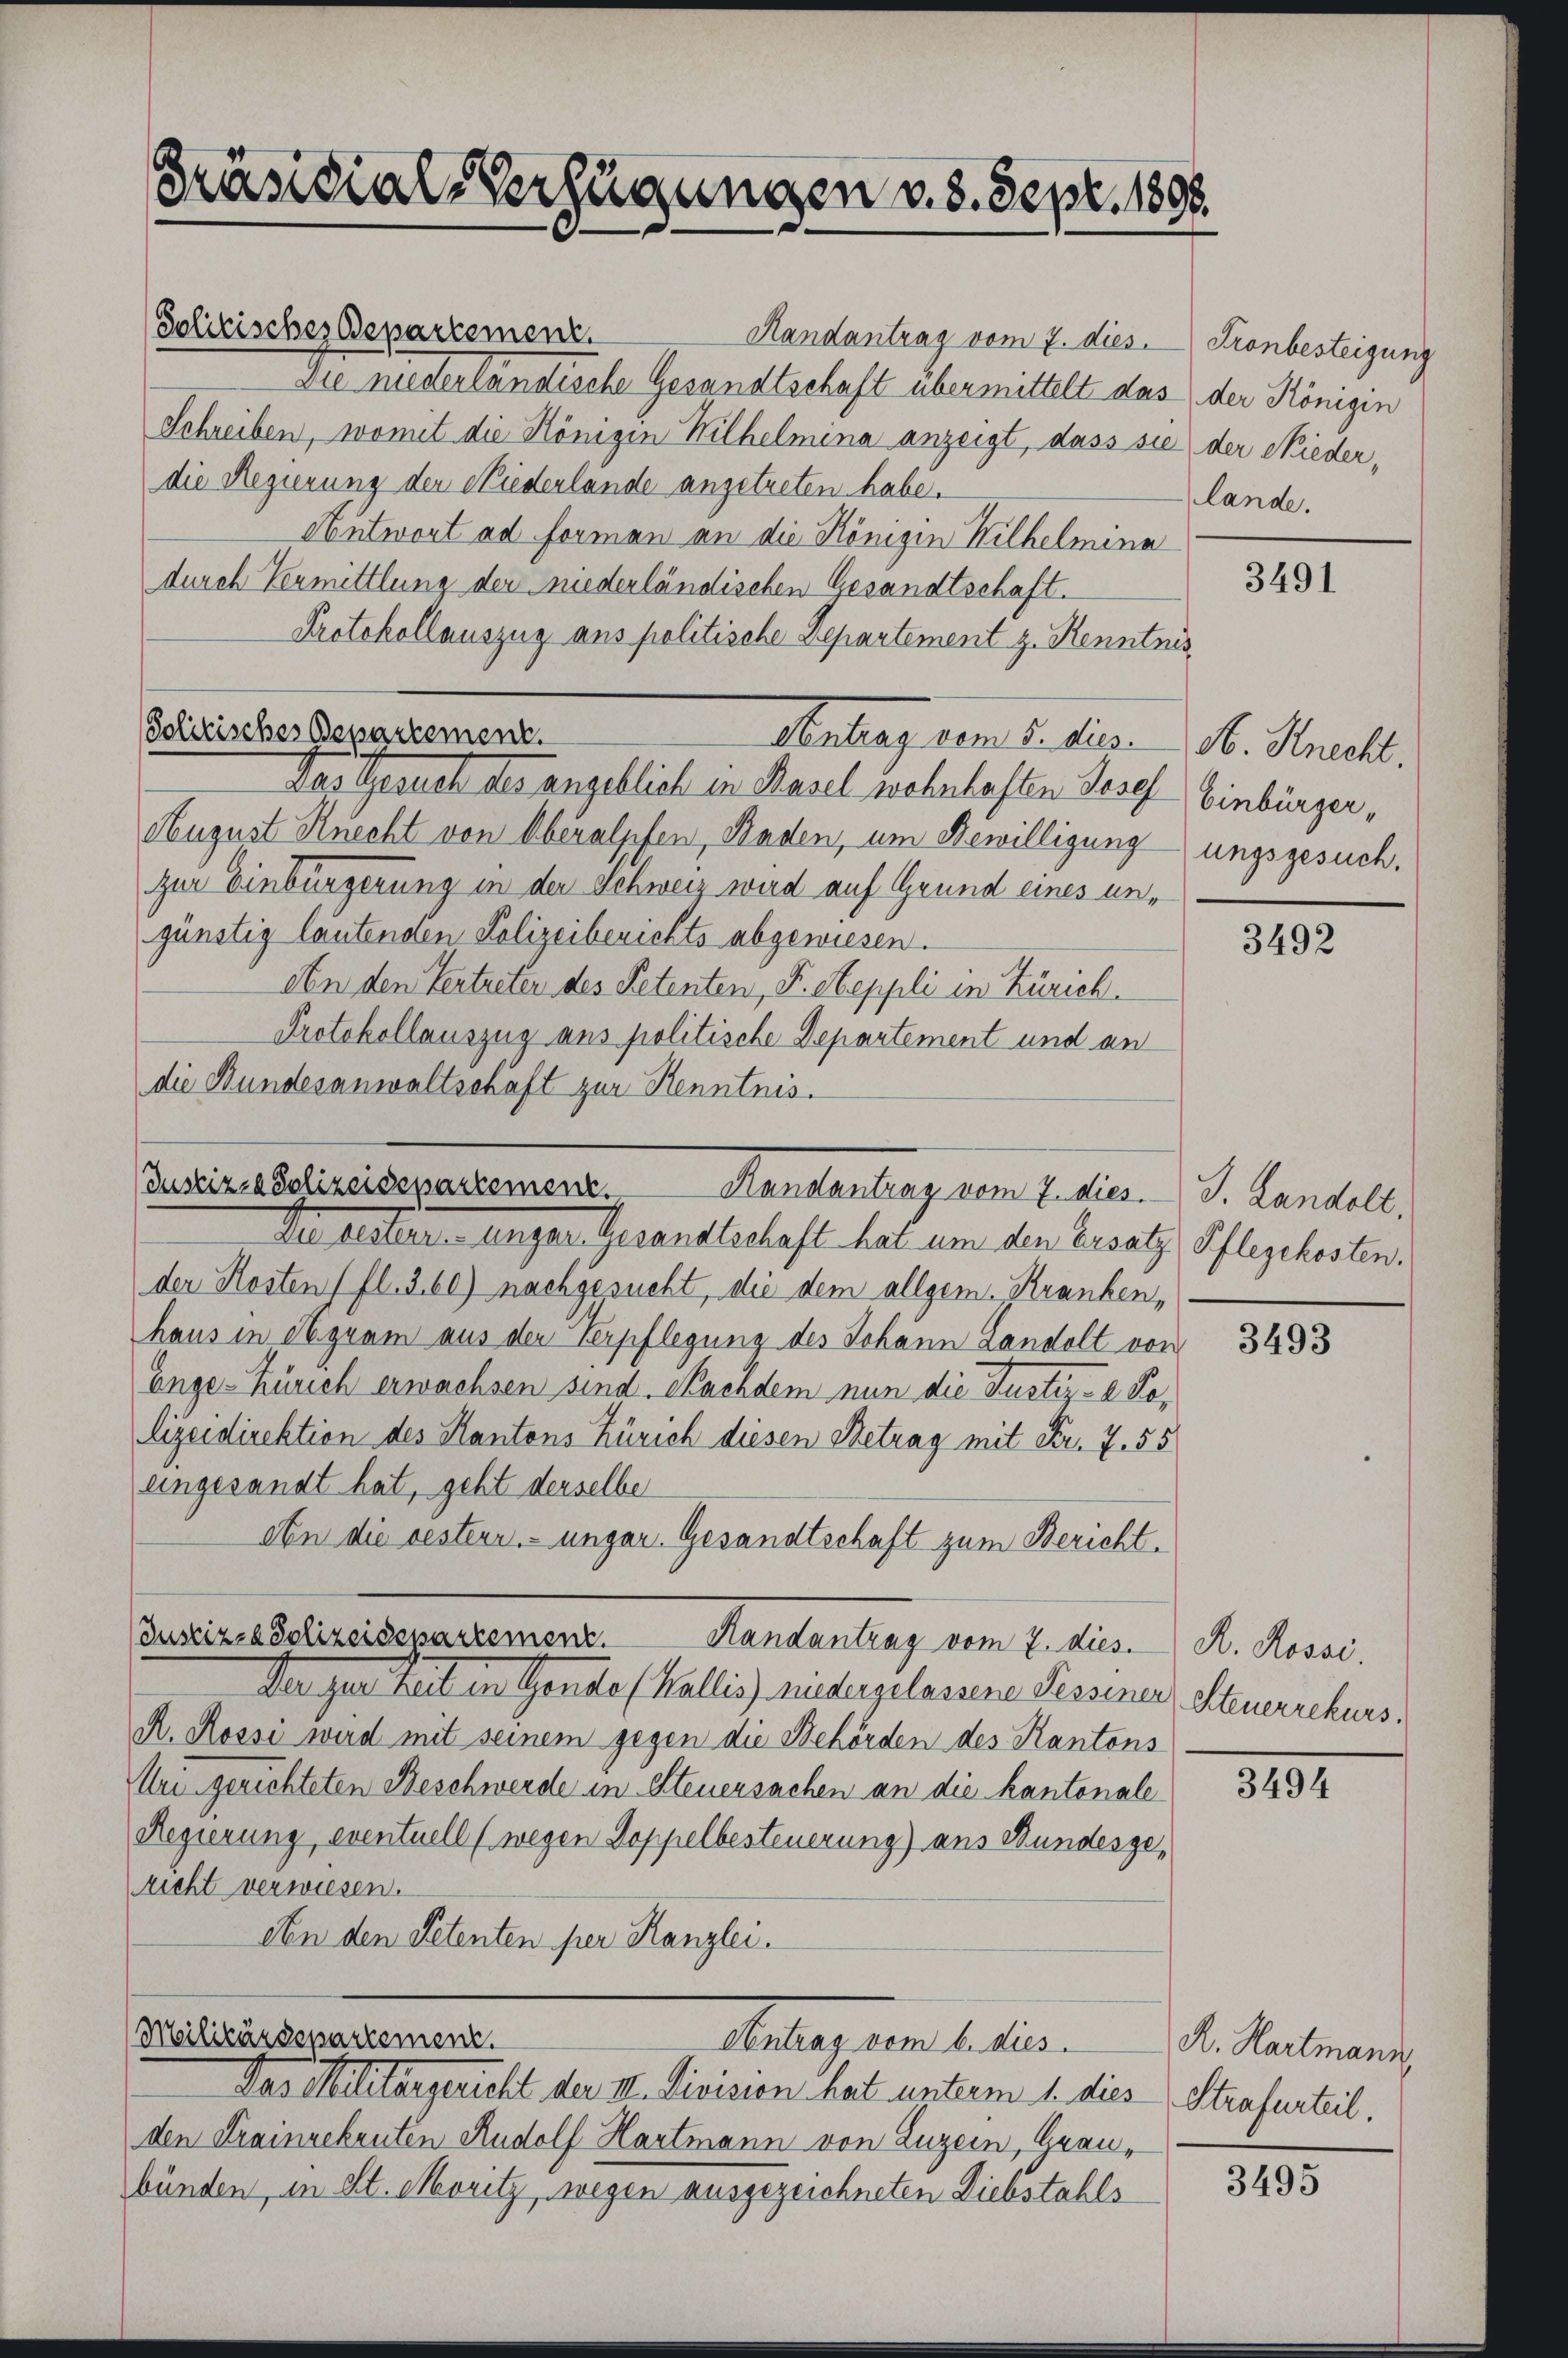
Präsidial-Verfügungen v. 8. Sept. 1806.

Policisches Departement.
Randantrag vom 7. dies
Die niederländische Gesandtschaft übermittelt das der Königin
Schreiben, womit die Königin Wilhelmina anzeigt, dass sie der Nieder,
die Regierung der Niederlande angetreten habe.
Antwort ad Forman an die Königin Wilhelmina
durch Vermittlung der niederländischen Gesandtschaft.
Protokollauszug aus politische Departement z. Renntnis,
Solitisches Departement.
Aentrag vom 5. dies N. Knecht.
Das Gesuch des angeblich in Hasel wohnhaften Gesel Einbürger,
August Knecht von Oberalpfen, Baden, um Bewilligung ungsgesuch.
zur Einbürgerung in der Schweiz wird auf Grund eines ungünstig lautenden Polizeiberichts abgewiesen.
An den Vertreter des Petenten, Fr. Steppli in Zürich.
Protokollauszug aus politische Departement und an
die Bundesanwaltschaft zur Kenntnis.

Justiz- & Polizeisepartement.
Randantrag vom 7. dies J. Landolt,

Militärdepartement.
Abetragenen betr.

Dn Rester unger Gesandtschaft hat um den Ersatz, Pflegchesten.
der Kosten fl. 3.60) nachgesucht, die dem allgem. Kranken,
haus in Aequam aus der Verpflegung des Johann Landolt von
Enge-Zürich erwachsen sind. Nachdem nun die Justiz- & Polizeidirektion des Kantons Zürich diesen Betrag mit Fr. 7. 55
eingesandt hat, geht derselbe
An die bestern- unger Gesandtschaft zum Bericht.
Justiz- & Polizeisesartement. Handantrag vom 7. dies.
Der zur Zeit in Gende Wallis niedergelassere Sesserer Steuerschus
R. Rossi wird mit seinem gegen die Behörden des Kantons
Uri gerichteten Beschwerde in Steuersachen an die kantonale
Regierung, eventuell (wegen Doppelbesteuerung) aus Bundesgericht verwiesen.
An den Petenten per Kanzlei

Das Militärgericht der II. Division hat unterm 1. dies
den Krainrekruten Rudolf Hartmann von Luzern, Grau-
bünden, in St. Moritz, wegen ausgezeichneten Diebstahls

Tronbesteigung
lande.

3491

3492

3493

R. Rossi.

3102

R. Hartmann
Strafurteil.

3495